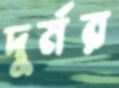
দুর্মর